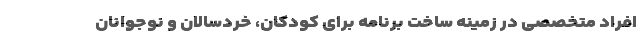
افراد متخصصی در زمینه ساخت برنامه برای کودکان، خردسالان و نوجوانان